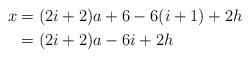
LaTeX: \begin{align*}x & = (2i+2) a + 6 - 6 (i+1) + 2 h\\& = (2i+2) a - 6 i + 2 h\end{align*}